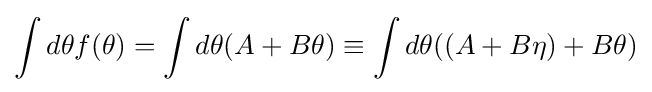
\int d\theta f(\theta )=\int d\theta (A+B\theta )\equiv \int d\theta ((A+B\eta )+B\theta )